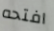
افتحه